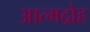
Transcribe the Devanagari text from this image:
आत्मद्रोह